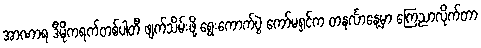
အာဏာရ ဒီမိုကရက်တစ်ပါတီ ဖျက်သိမ်းဖို့ ရွေးကောက်ပွဲ ကော်မရှင်က တနင်္လာနေ့မှာ ကြေညာလိုက်တာ